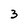
Character: 3